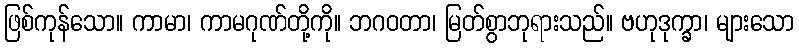
ဖြစ်ကုန်သော။ ကာမာ၊ ကာမဂုဏ်တို့ကို။ ဘဂဝတာ၊ မြတ်စွာဘုရားသည်။ ဗဟုဒုက္ခာ၊ များသော